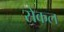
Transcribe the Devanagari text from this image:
सेकल